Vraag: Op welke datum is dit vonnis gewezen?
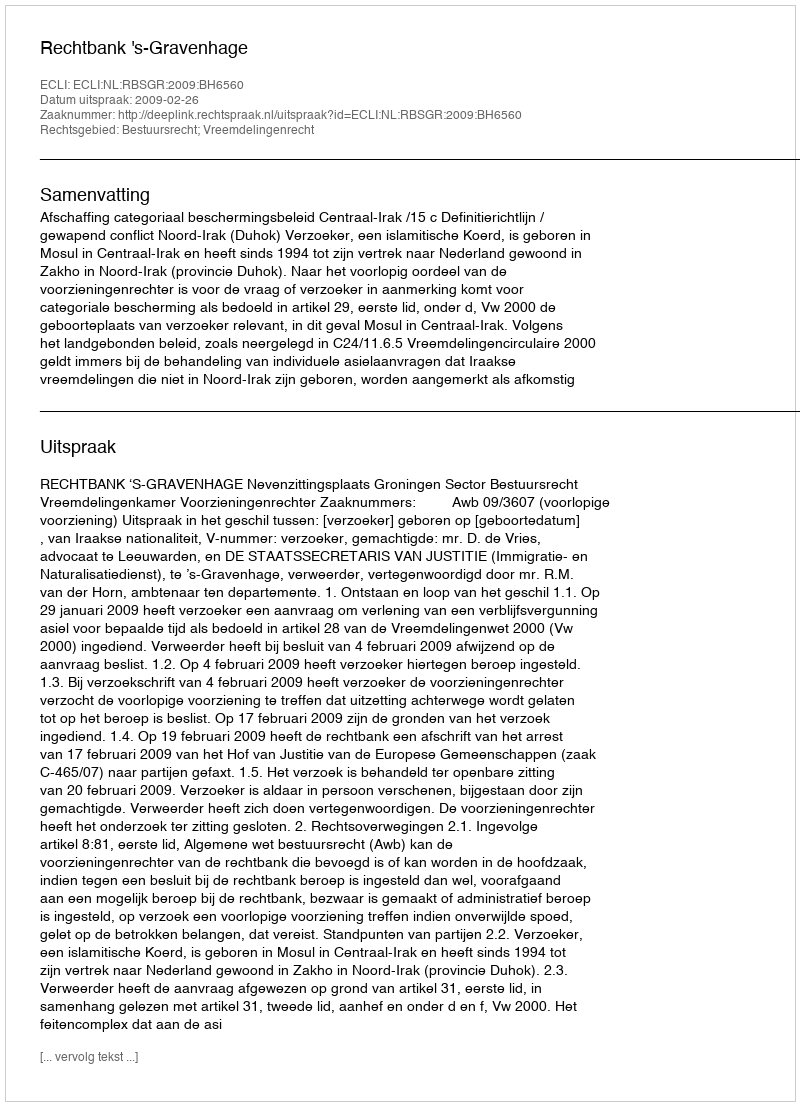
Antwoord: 2009-02-26